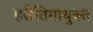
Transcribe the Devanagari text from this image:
हरीतिमायुक्‍त